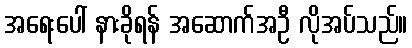
အရေးပေါ် နားခိုရန် အဆောက်အဦ လိုအပ်သည်။